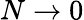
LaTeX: N\rightarrow 0